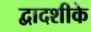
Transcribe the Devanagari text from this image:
द्वादशीके